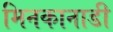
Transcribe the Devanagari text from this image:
मिनकानाडी